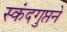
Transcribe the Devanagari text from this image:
स्कंदगुप्तने